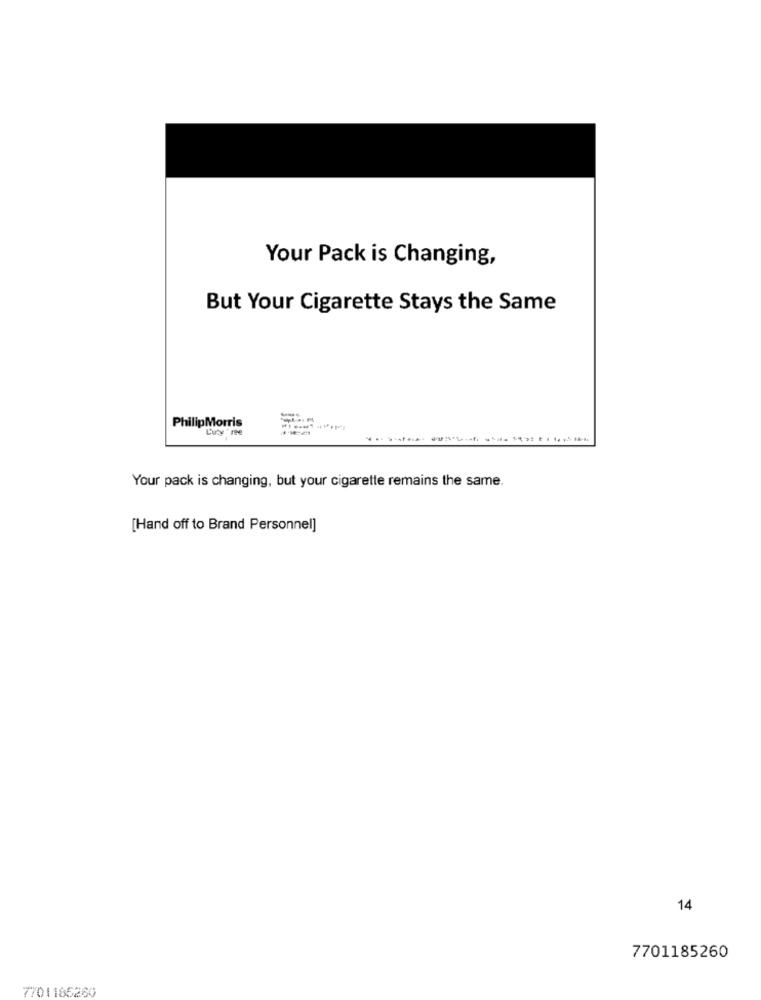
Your Pack is Changing,
But Your Cigarette Stays the Same
PhilipMorris
Luty ' re
Your pack is changing, but your cigarette remains the same.
[Hand off to Brand Personnel]
14
7701185260
7701186260